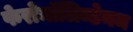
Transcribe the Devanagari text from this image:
फेरोमॉलिब्डेनम